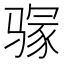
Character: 𱅥